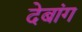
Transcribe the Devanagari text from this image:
देबांग